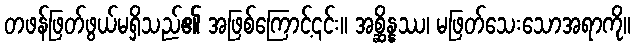
တဖန်ဖြတ်ဖွယ်မရှိသည်၏ အဖြစ်ကြောင့်၎င်း။ အစ္ဆိန္နဿ၊ မဖြတ်သေးသောအရာကို။